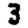
Digit: 3